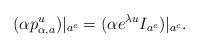
LaTeX: \begin{align*} (\alpha p_{\alpha,a}^u)|_{a^c} = (\alpha e^{\lambda u} I_{a^c})|_{a^c}.\end{align*}